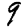
Digit: 9